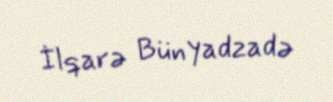
İlqarə Bünyadzadə